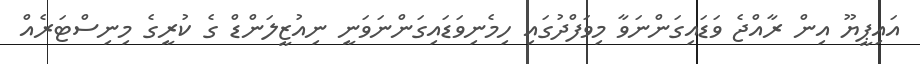
އައިޕީޔޫ އިން ރާއްޖެ ވަޑައިގަންނަވާ މިވަފްދުގައި ހިމެނިވަޑައިގަންނަވަނީ ނިއުޒީލަންޑް ގެ ކުރީގެ މިނިސްޓަރެއް